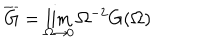
LaTeX: \overline { { G } } = \lim _ { \Omega \to 0 } \Omega ^ { - 2 } G ( \Omega )